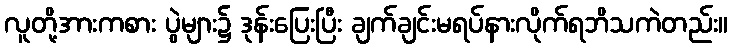
လူတို့အားကစား ပွဲများ၌ ဒုန်းပြေးပြီး ချက်ချင်းမရပ်နားလိုက်ရဘိသကဲတည်း။